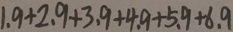
1 . 9 + 2 . 9 + 3 . 9 + 4 . 9 + 5 . 9 + 6 . 9